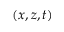
( x , z , t )